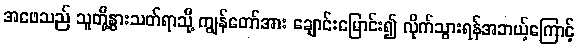
အဖေသည် သူတို့နွားသတ်ရာသို့ ကျွန်တော်အား ချောင်းမြောင်း၍ လိုက်သွားရန်အဘယ့်ကြောင့်